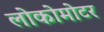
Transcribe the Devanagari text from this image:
लोकोमोटर